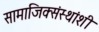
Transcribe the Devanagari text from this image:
सामाजिक्संस्थांशी